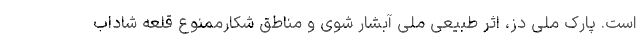
است. پارک ملی دز، اثر طبیعی ملی آبشار شوی و مناطق شکارممنوع قلعه شاداب